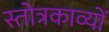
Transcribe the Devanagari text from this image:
स्तोत्रकाव्यों